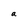
Character: a